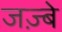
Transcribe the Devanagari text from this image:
जज़्बे